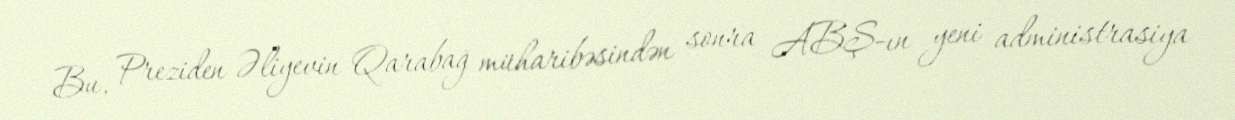
Bu, Preziden Əliyevin Qarabağ müharibəsindən sonra ABŞ-ın yeni administrasiya